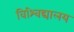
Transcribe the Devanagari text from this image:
विश्‍विद्यालय